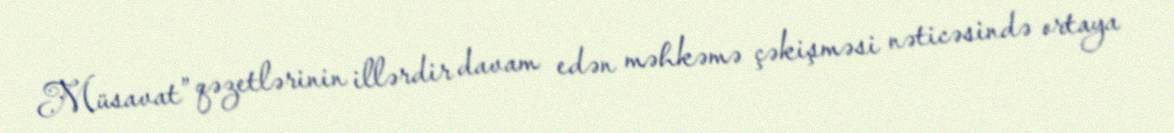
Müsavat” qəzetlərinin illərdir davam edən məhkəmə çəkişməsi nəticəsində ortaya